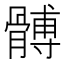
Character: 髆